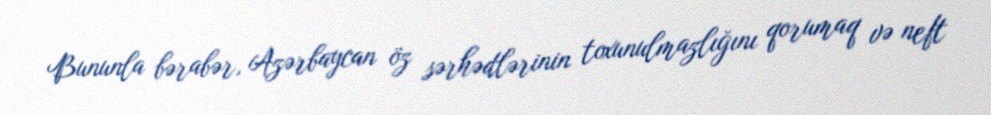
Bununla bərabər, Azərbaycan öz sərhədlərinin toxunulmazlığını qorumaq və neft